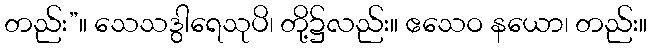
တည်း”။ သေသဒွါရေသုပိ၊ တို့၌လည်း။ ဧသေဝ နယော၊ တည်း။